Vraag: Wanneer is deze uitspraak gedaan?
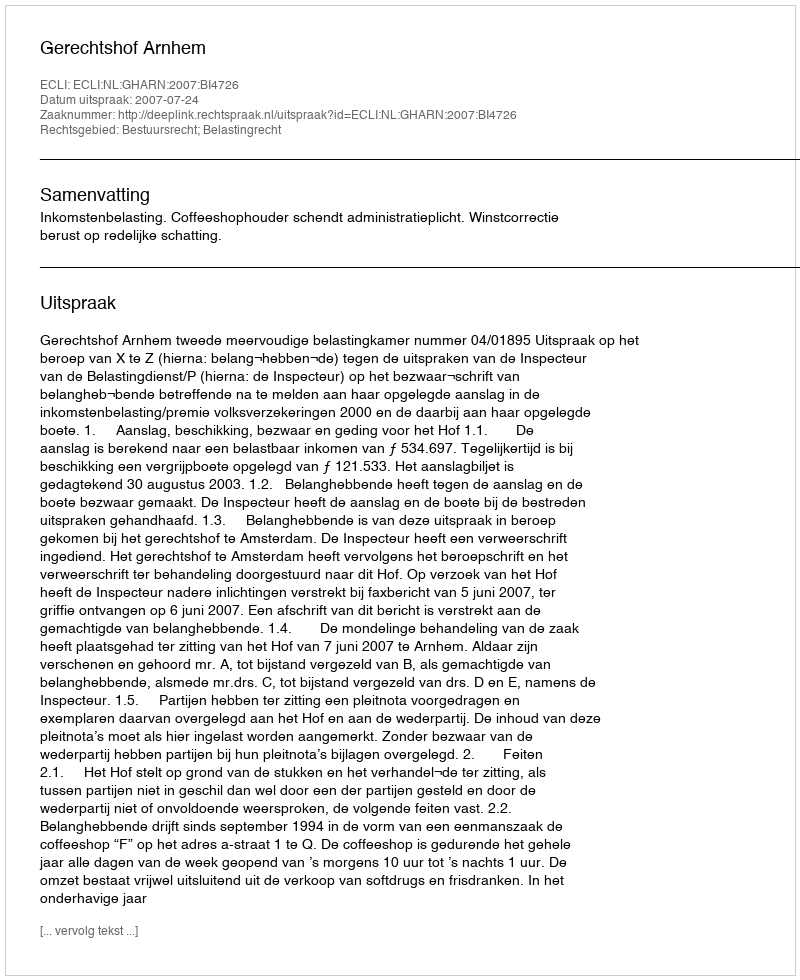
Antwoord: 2007-07-24